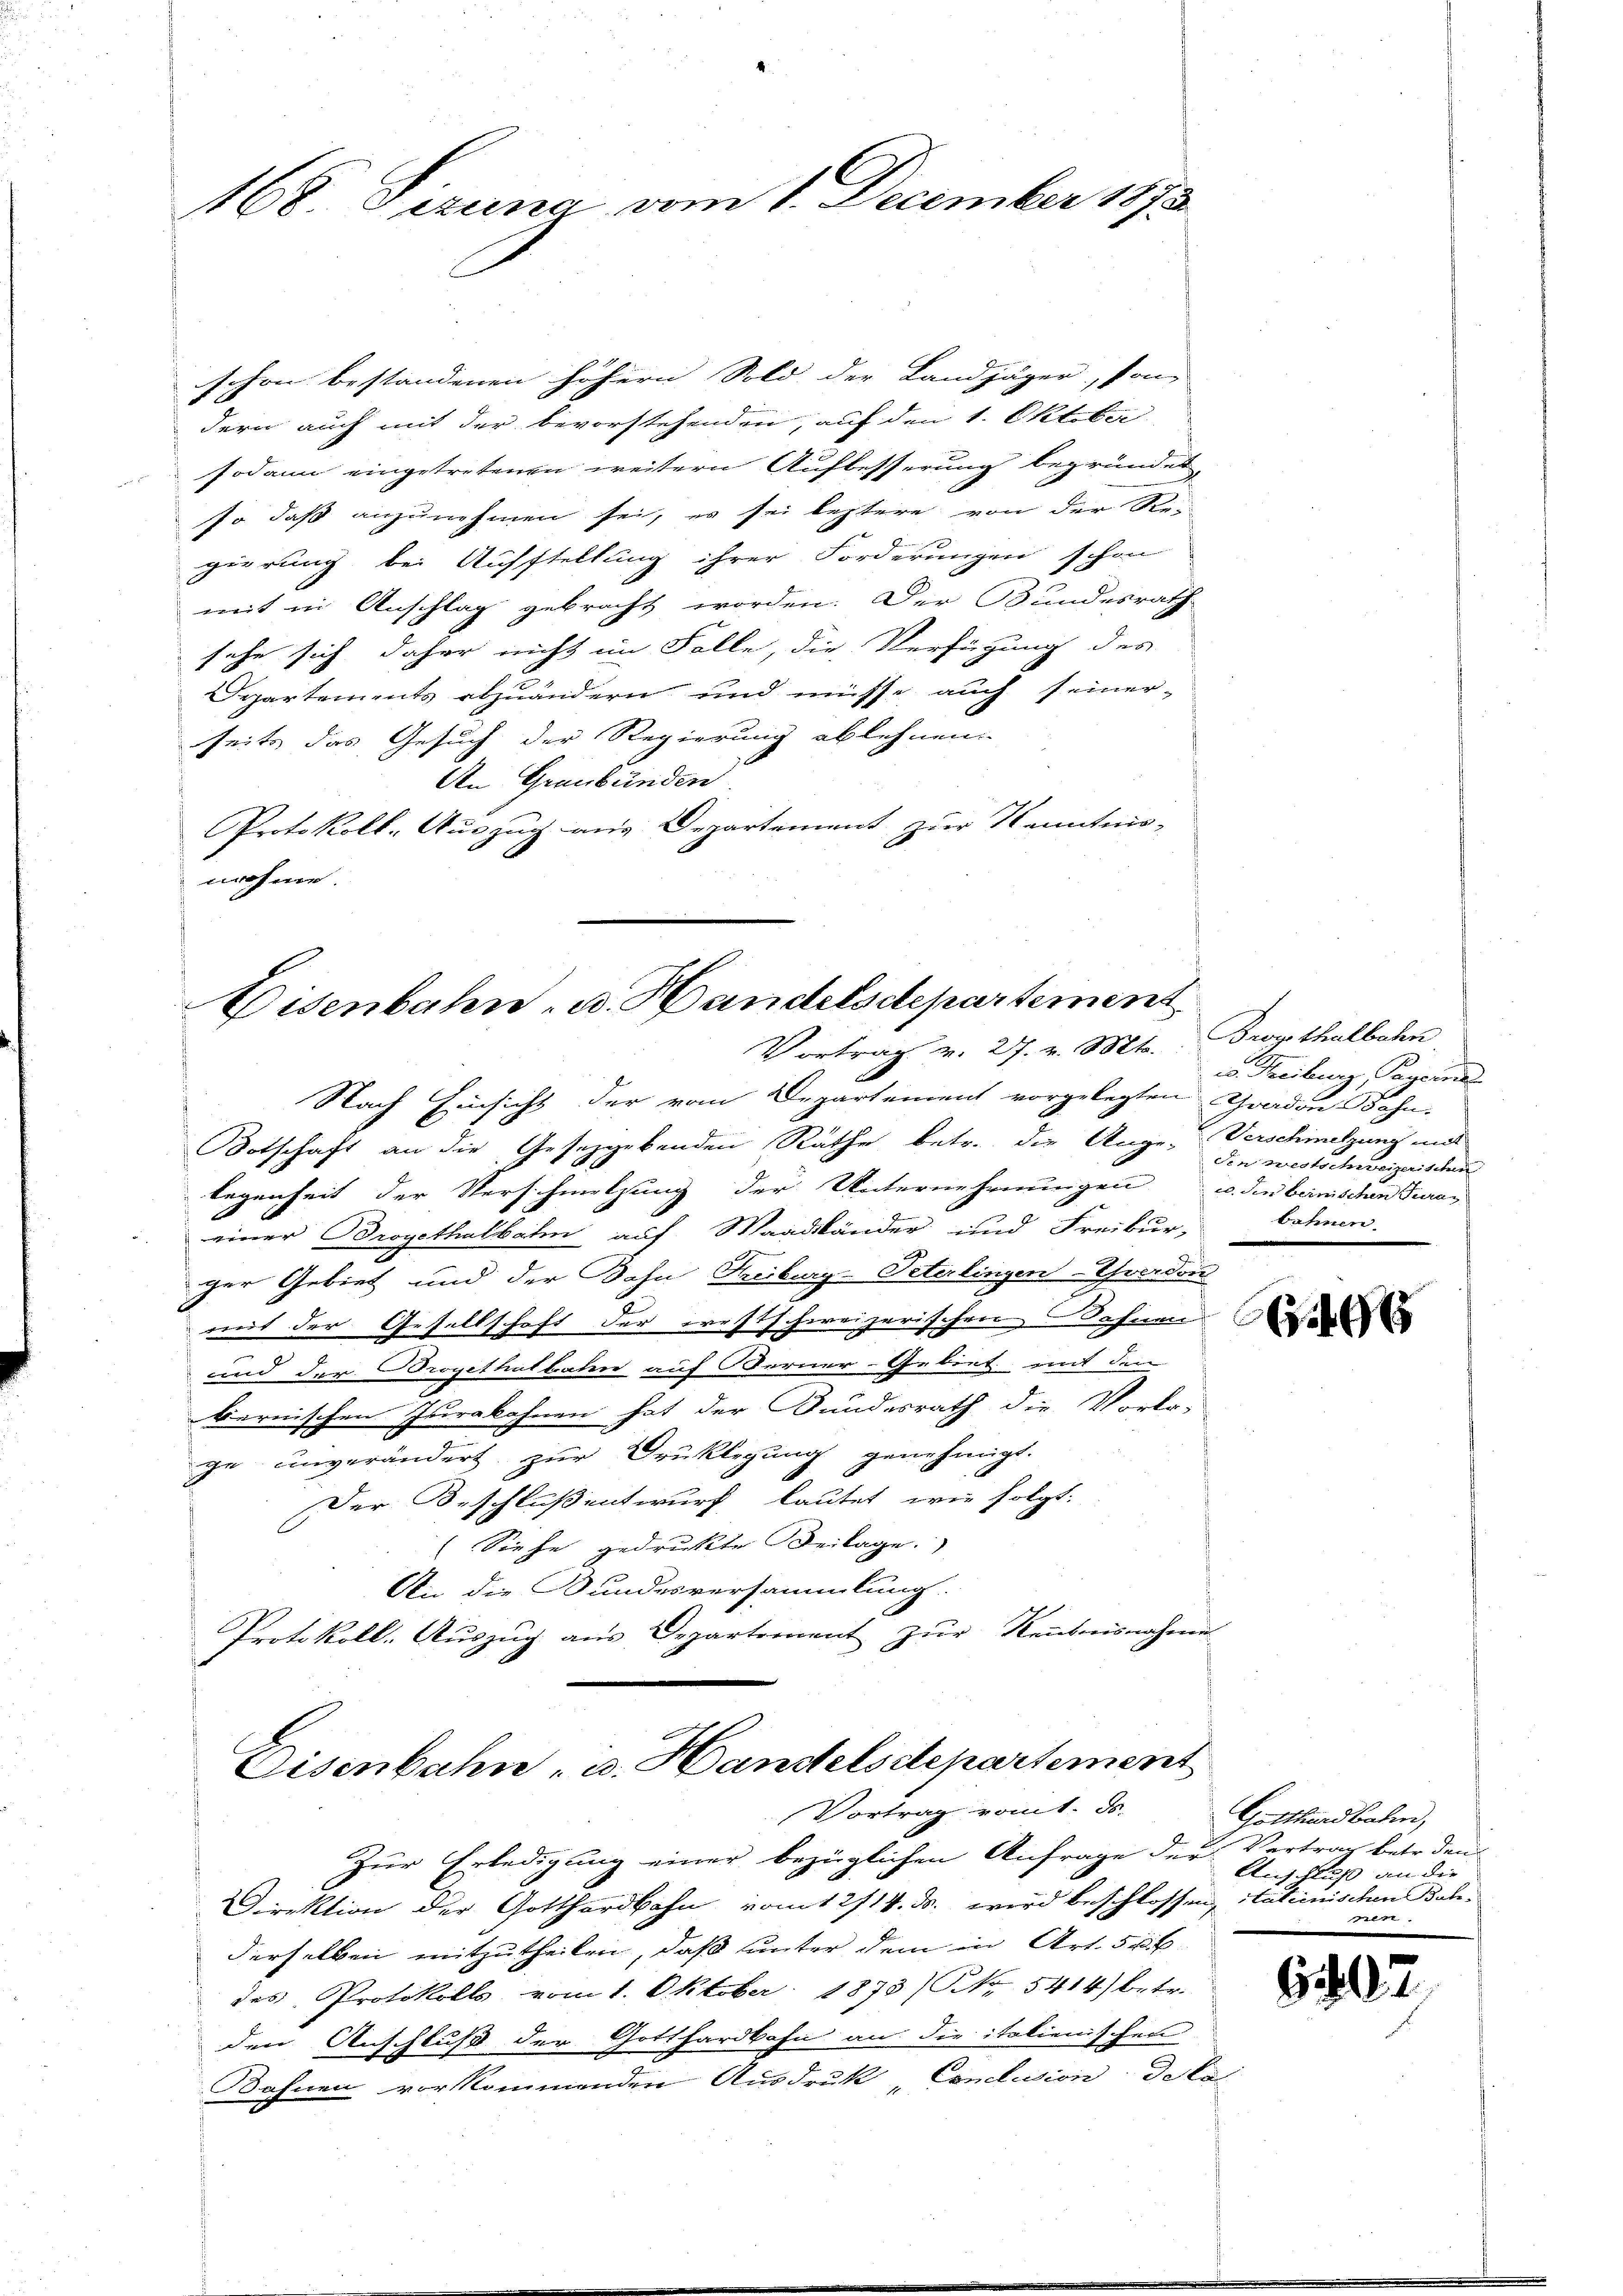
168 Sizung vom 1. December 1873

schon bestandenen höhern Sold der Landjäger, son-
dern auch mit der bevorstehenden, auf den 1. Oktober
sodann eingetretenen weitern Aufbesserung begründet,
so daß anzunehmen sei, es sei leztere von der Re-
gierung bei Aufstellung ihrer Forderungen schon
mit in Anschlag gebracht worden. Der Bundesrath
sehe sich daher nicht im Falle, die Verfügung des
Separtements abzuändern und müsse auch seiner-
seits das Gesuch der Regierung ablehnen.
An Graubünden
Protokoll-Auszug aus Departement zur Kenntnis-
nahme.

Eisenbahn- u. Handelsdepartement
Vortrag v. 27. v. Mts.

Nach Einsicht der vom Departement vorgelegten Graden Bahn-
Botschaft an die Gesetzgebenden Räthe betr. die Auge, Verschinelzung mit
legenheit der Verschmelzung der Unternehmungen u. die beinischen Turan
einer Brogethalbahn auf Maadbänder und Freibur-
ger Gebiet und der Bahn Freiburg-Peterlingen-Yverdon
mit der Gesellschaft der westschweizerischen Sohnen
und der Brogethalbahn auf Berner-Gebiet mit dem
bernischen Iserabahnen hat der Bundesrath die Vorla-
ge unverändert zur Druklegung genehmigt.
Der Beschluß entwurf lautet, wie folgt.
Siehe gedruckte Beilage.
An die Bundesversammlung.
Protokoll. Aŭszŭg aŭs Departement zŭr Neŭbnisnahme
u

Eisenbahn, u. Handelsilepartement
Vortrag vomt. F.

Brogithalbahn
c. Freiburg, Payerne
den westschweizerischen
bahnen.

Zur Erledigung einer bezüglichen Anfrage der Vertrag betr. den
Direktion der Gotthardbahn vom 12/14. ds. wird beschlossen, stateinischen Belederselben mitzutheilen, daß unter dem in Art. 50k
des Protokolls vom 1. Oktober 1873/ NNo. 5414) betr.
den Anschluß der Gotthardbahn an die italienischen
Bahnen vorkommenden Ausdruck „Conclusion de la

466

Gotthardbahn,
Auschluß die
 x

G